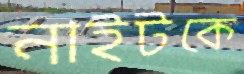
নাইটকে